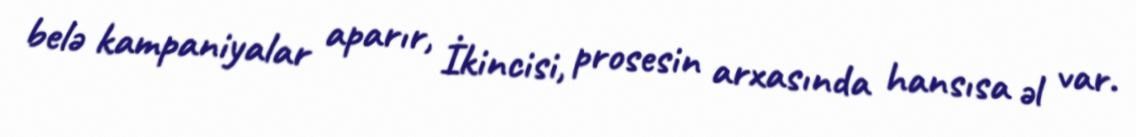
belə kampaniyalar aparır, İkincisi, prosesin arxasında hansısa əl var.